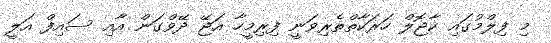
މި ފިލްމުގައި ކާޖޮލް ހަރަކާތްތެރިވަނީ ފިރިމީހާ އަޖޭ ދޭވްގަން އާއި ސައިފް އަލީ